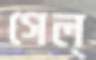
গেল্